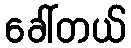
ခေါ်တယ်